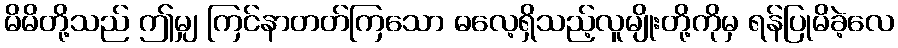
မိမိတို့သည် ဤမျှ ကြင်နာတတ်ကြသော ဓလေ့ရှိသည့်လူမျိုးတို့ကိုမှ ရန်ပြုမိခဲ့လေ